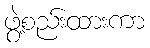
ဖွဲ့စည်းထားကာ